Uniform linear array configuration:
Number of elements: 8
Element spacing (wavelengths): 0.5
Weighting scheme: hamming
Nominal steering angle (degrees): -30
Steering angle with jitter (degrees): -30.065
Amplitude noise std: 0.05
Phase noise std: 0.05

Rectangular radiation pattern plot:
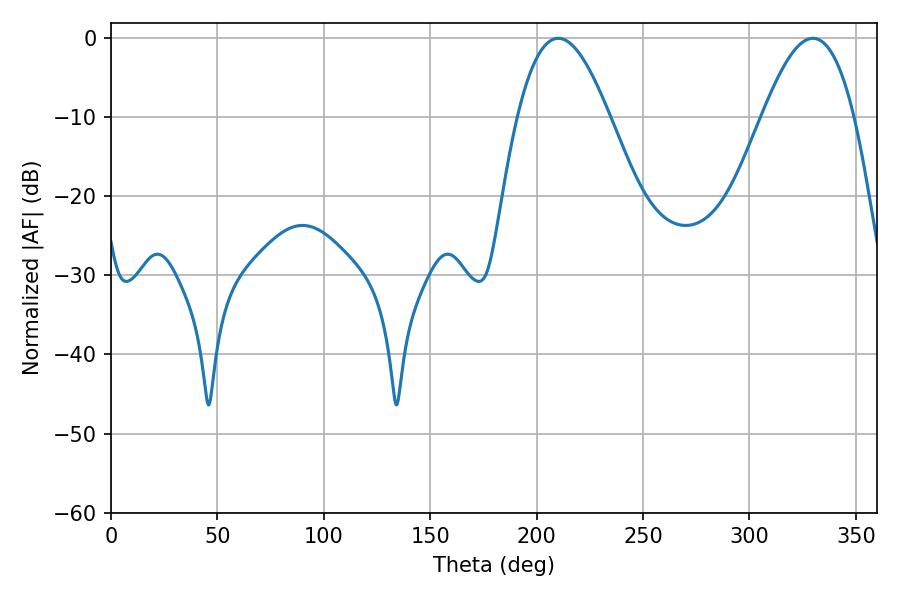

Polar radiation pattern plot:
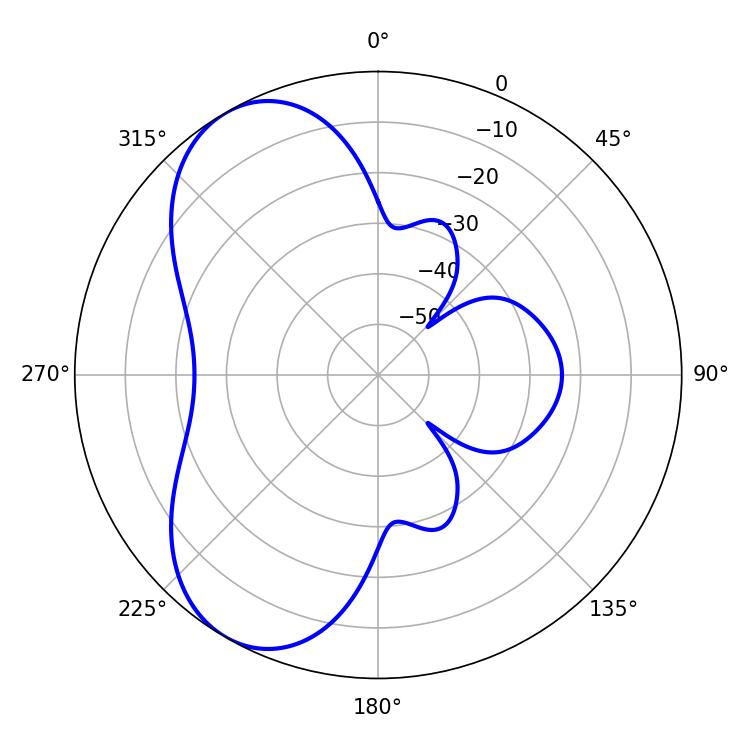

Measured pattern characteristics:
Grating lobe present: FALSE
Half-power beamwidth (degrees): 23.4
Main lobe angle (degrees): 210.24